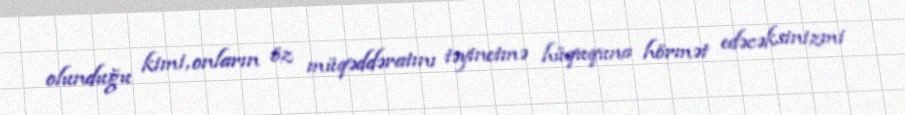
olunduğu kimi, onların öz müqəddəratını təyinetmə hüququna hörmət edəcəksinizmi